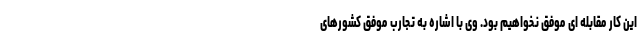
این کار مقابله ای موفق نخواهیم بود. وی با اشاره به تجارب موفق کشورهای